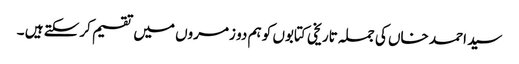
سید احمد خاں کی جملہ تاریخی کتابوں کو ہم دو زمروں میں تقسیم کرسکتے ہیں ۔